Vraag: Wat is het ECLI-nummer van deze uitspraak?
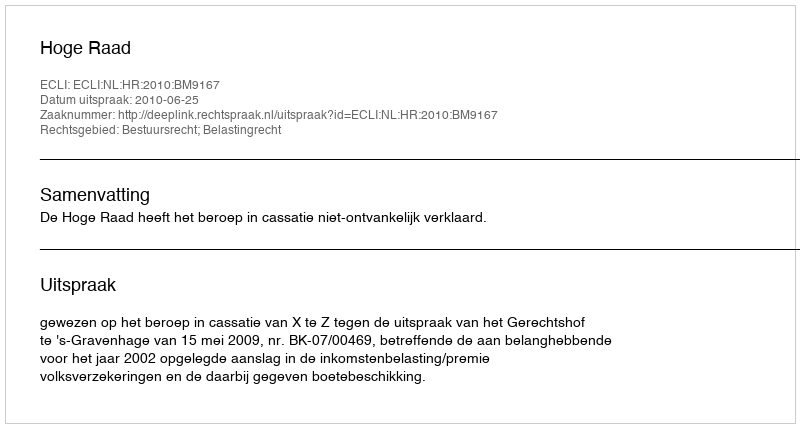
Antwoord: ECLI:NL:HR:2010:BM9167